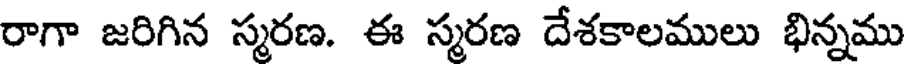
రాగా జరిగిన స్మరణ. ఈ స్మరణ దేశకాలములు భిన్నము